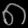
Digit: ၈